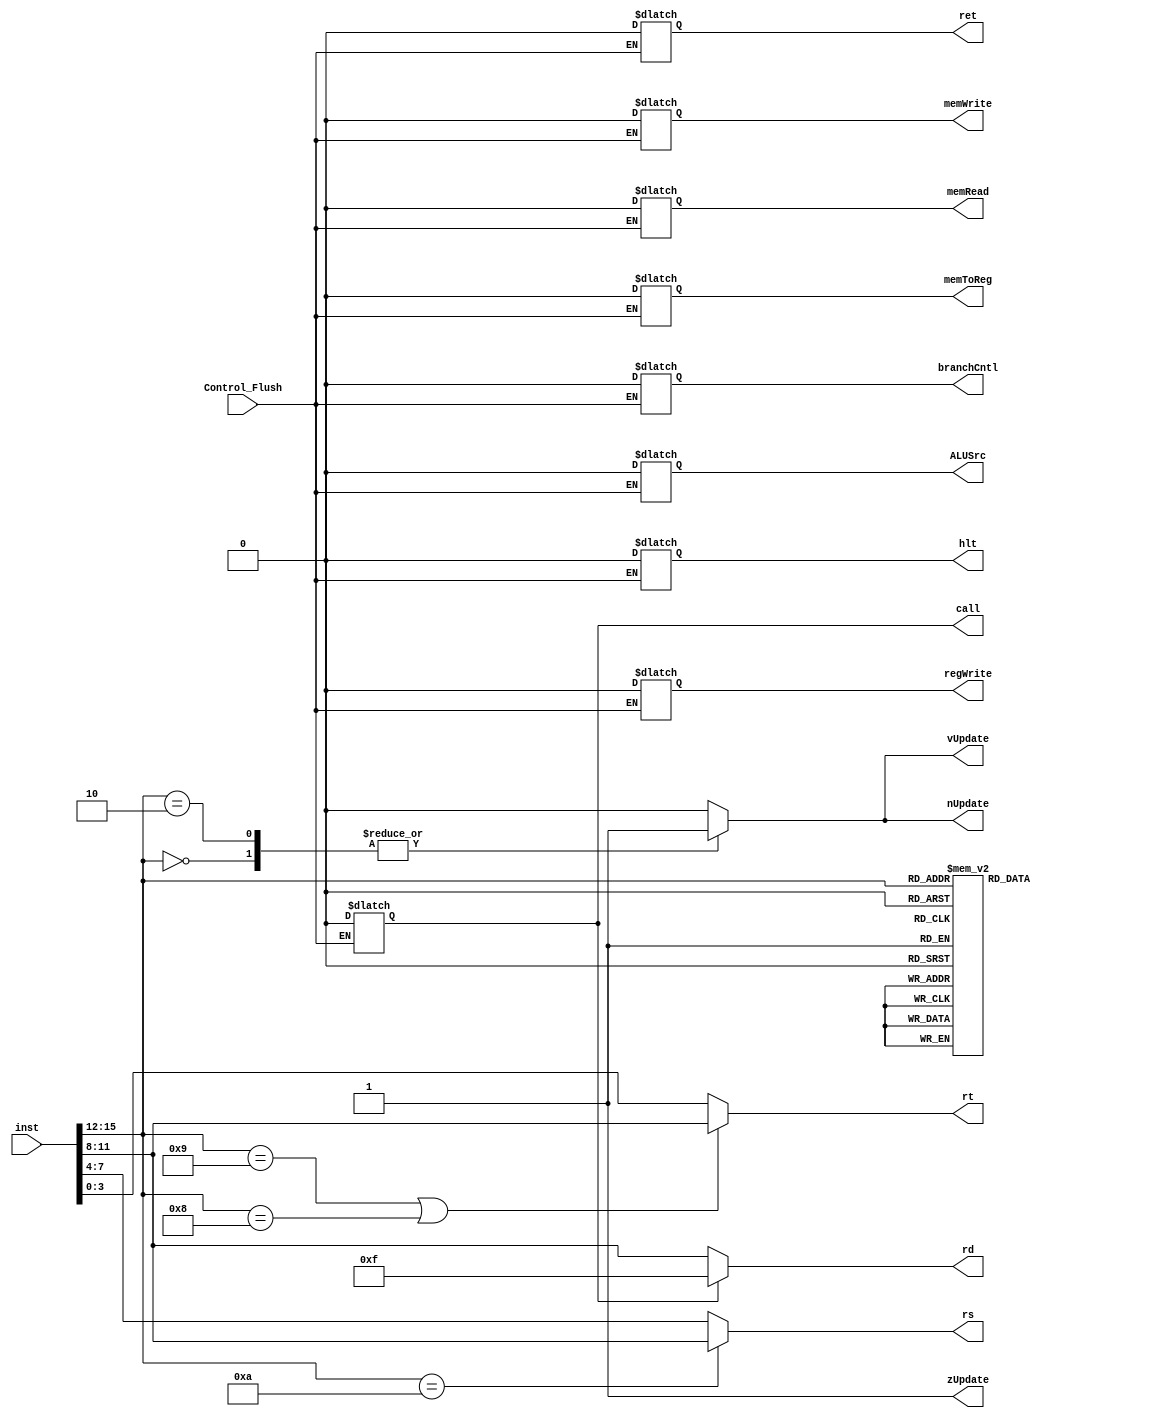
module control(inst, rs, rt, rd, Control_Flush, branchCntl, memToReg, memRead, memWrite, ALUSrc, regWrite, call, ret, hlt, zUpdate, nUpdate, vUpdate);

	input [15:0] inst;
	input Control_Flush;
	output reg memToReg, memWrite, ALUSrc, branchCntl, memRead, regWrite, call, ret, hlt,zUpdate, nUpdate, vUpdate;
	output reg [3:0] rd;
	output  [3:0]rs, rt;


	//combinational block setting the control signals to their respective values for each instruction.
	always @ (*) begin
		ALUSrc = 0;
		memToReg = 0;
		regWrite = 1;
		memRead = 0;
		memWrite = 0;
		branchCntl= 0;	
		call = 0;
		ret = 0;
		hlt = 0;
		case (inst[15:12])
			4'b0101: begin
				ALUSrc = 1;
			end
			4'b0110: begin
				ALUSrc = 1;
			end
			4'b0111: begin
				ALUSrc = 1;
			end
			4'b1000: begin
				ALUSrc = 1;
				memRead = 1;
				memToReg = 1;
			end
			4'b1001: begin
				ALUSrc = 1;
				regWrite = 0;
				memWrite = 1;
			end
			4'b1010: begin
				ALUSrc = 1;
			end
			4'b1011: begin
				ALUSrc = 1;
			end
			4'b1100: begin
				regWrite = 0;
				branchCntl= 1;
			end
			4'b1101: begin
				call = 1;
			end
			4'b1110: begin
				regWrite = 0;
				ret = 1;
			end
			4'b1111: begin
				hlt = 1;
			end
			default: begin
				ALUSrc = 0;
				memToReg = 0;
				regWrite = 1;
				memWrite = 0;
				branchCntl= 0;
				call = 0;
				ret = 0;	
				hlt = 0;
			end
		endcase
	end

	//update signals for the flags for the flag register in EX phase
	always @(*) begin
		zUpdate = 1;
		nUpdate = 0;
		vUpdate = 0;
		case(inst[15:12]) 
			0: begin
				nUpdate = 1;
				vUpdate = 1;
			end
			2: begin
				nUpdate = 1;
				vUpdate = 1;
			end
			default: begin
				zUpdate = 1;
				nUpdate = 0;
				vUpdate = 0;
			end				
		endcase
	end

	always@(*) begin
		if(Control_Flush) begin
			ALUSrc = 0;
			memToReg = 0;
			regWrite = 0;
			memRead = 0;
			memWrite = 0;
			branchCntl= 0;	
			call = 0;
			ret = 0;
			hlt = 0;
		end
	end

assign rs = (inst[15:12] == 10) ? inst[11:8]: inst[7:4]; //if instruction is LHB rs = inst[11:8] else rs = inst[7:4]

assign rt = (inst[15:12] == 9 || inst[15:12] == 8) ? inst[11:8]: inst[3:0]; //if instruction is lw or sw, rt = inst[11:8] else it is inst[3:0]

always @(*) begin
		if(call) begin 
			rd = 4'b1111;
		end
		else begin
			rd = inst[11:8];
		end
end
endmodule